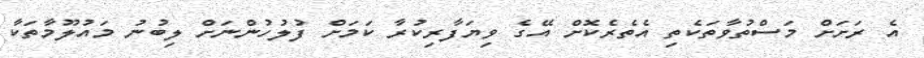
އެ ރަށަށް މަސްތުވާތަކެތި އެތެރެކޮށް އޭގެ ވިޔަފާރިކުރާ ކަމަށް ފުލުހުންނަށް ލިބުނު މައުލޫމާތަކާ